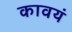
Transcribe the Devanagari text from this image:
कावयं